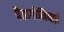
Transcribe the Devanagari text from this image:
पैतागोनियाई